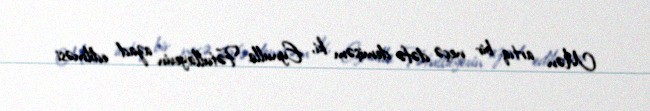
Mən artıq bir neçə dəfə demişəm ki, Eynulla Fətullayevin azad edilməsi